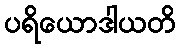
ပရိယောဒါယတိ